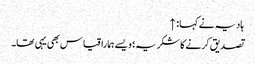
ہادیہ نے کہا: ↑
تصدیق کرنے کا شکریہ؛ ویسے ہمارا قیاس بھی یہی تھا۔